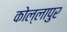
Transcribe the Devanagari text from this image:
कोल्लापुर